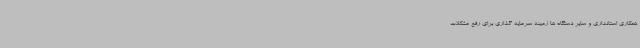
همکاری استانداری و سایر دستگاه ها زمینه سرمایه گذاری برای رفع مشکلات